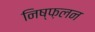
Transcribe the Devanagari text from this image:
निष्फ़लन